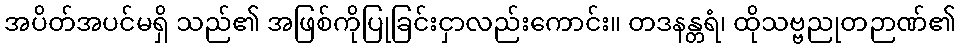
အပိတ်အပင်မရှိ သည်၏ အဖြစ်ကိုပြုခြင်းငှာလည်းကောင်း။ တဒနန္တရံ၊ ထိုသဗ္ဗညုတဉာဏ်၏